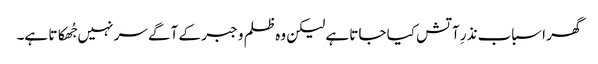
گھر اسباب نذرِ آتش کیا جاتا ہے لیکن وہ ظلم و جبر کے آگے سر نہیں جُھکاتا ہے۔